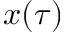
x ( \tau )